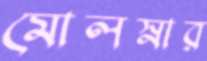
মোলস্নার